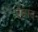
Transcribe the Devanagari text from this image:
ऐबाद